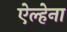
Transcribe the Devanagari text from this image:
ऐल्हेना